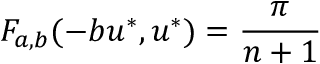
F _ { a , b } ( - b u ^ { * } , u ^ { * } ) = \frac { \pi } { n + 1 }